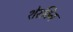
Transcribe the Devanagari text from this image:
शेरविन